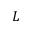
L